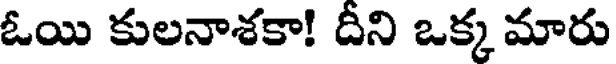
ఓయి కులనాశకా! దీని ఒక్క మారు